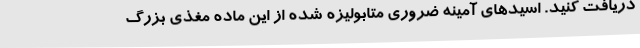
دریافت کنید. اسیدهای آمینه ضروری متابولیزه شده از این ماده مغذی بزرگ